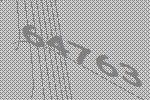
64763